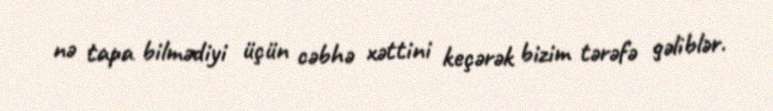
nə tapa bilmədiyi üçün cəbhə xəttini keçərək bizim tərəfə gəliblər.